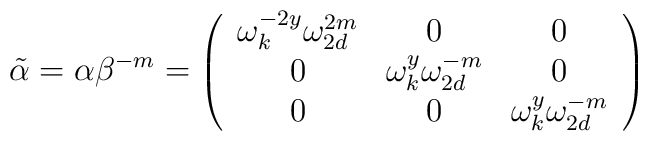
\tilde{\alpha}=\alpha \beta^{-m}=\left( \begin{array}{ccc} \omega_{k}^{-2y}\omega_{2d}^{2m} &  0  & 0 \\0 & \omega_{k}^{y}\omega_{2d}^{-m} & 0  \\0 & 0 & \omega_{k}^{y} \omega_{2d}^{-m}		\end{array}	\right)